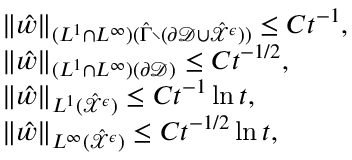
\begin{array} { r l } & { \| \hat { w } \| _ { ( L ^ { 1 } \cap L ^ { \infty } ) ( \hat { \Gamma } \setminus ( \partial \mathcal { D } \cup \hat { \mathcal { X } } ^ { \epsilon } ) ) } \leq C t ^ { - 1 } , } \\ & { \| \hat { w } \| _ { ( L ^ { 1 } \cap L ^ { \infty } ) ( \partial \mathcal { D } ) } \leq C t ^ { - 1 / 2 } , } \\ & { \| \hat { w } \| _ { L ^ { 1 } ( \hat { \mathcal { X } } ^ { \epsilon } ) } \leq C t ^ { - 1 } \ln t , } \\ & { \| \hat { w } \| _ { L ^ { \infty } ( \hat { \mathcal { X } } ^ { \epsilon } ) } \leq C t ^ { - 1 / 2 } \ln t , } \end{array}